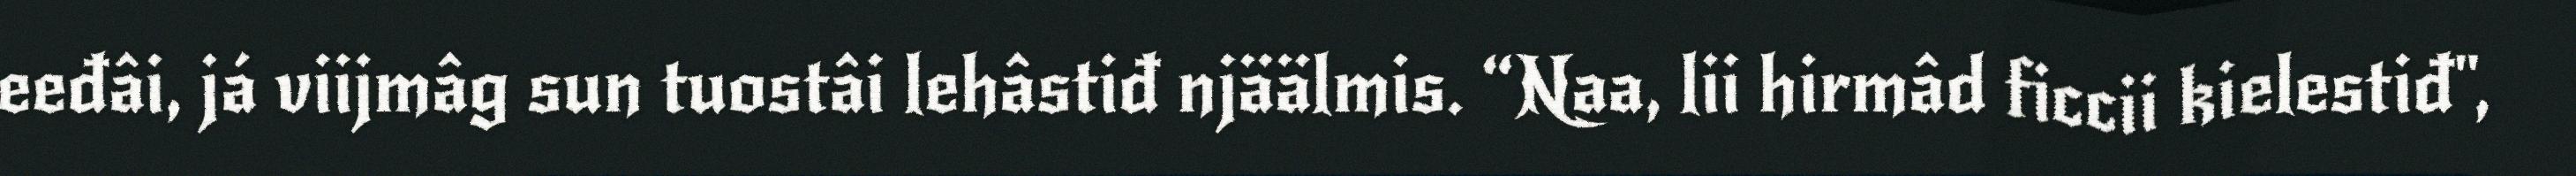
eeđâi, já viijmâg sun tuostâi lehâstiđ njäälmis. “Naa, lii hirmâd ficcii kielestiđ",